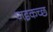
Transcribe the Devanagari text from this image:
णइकच्छ